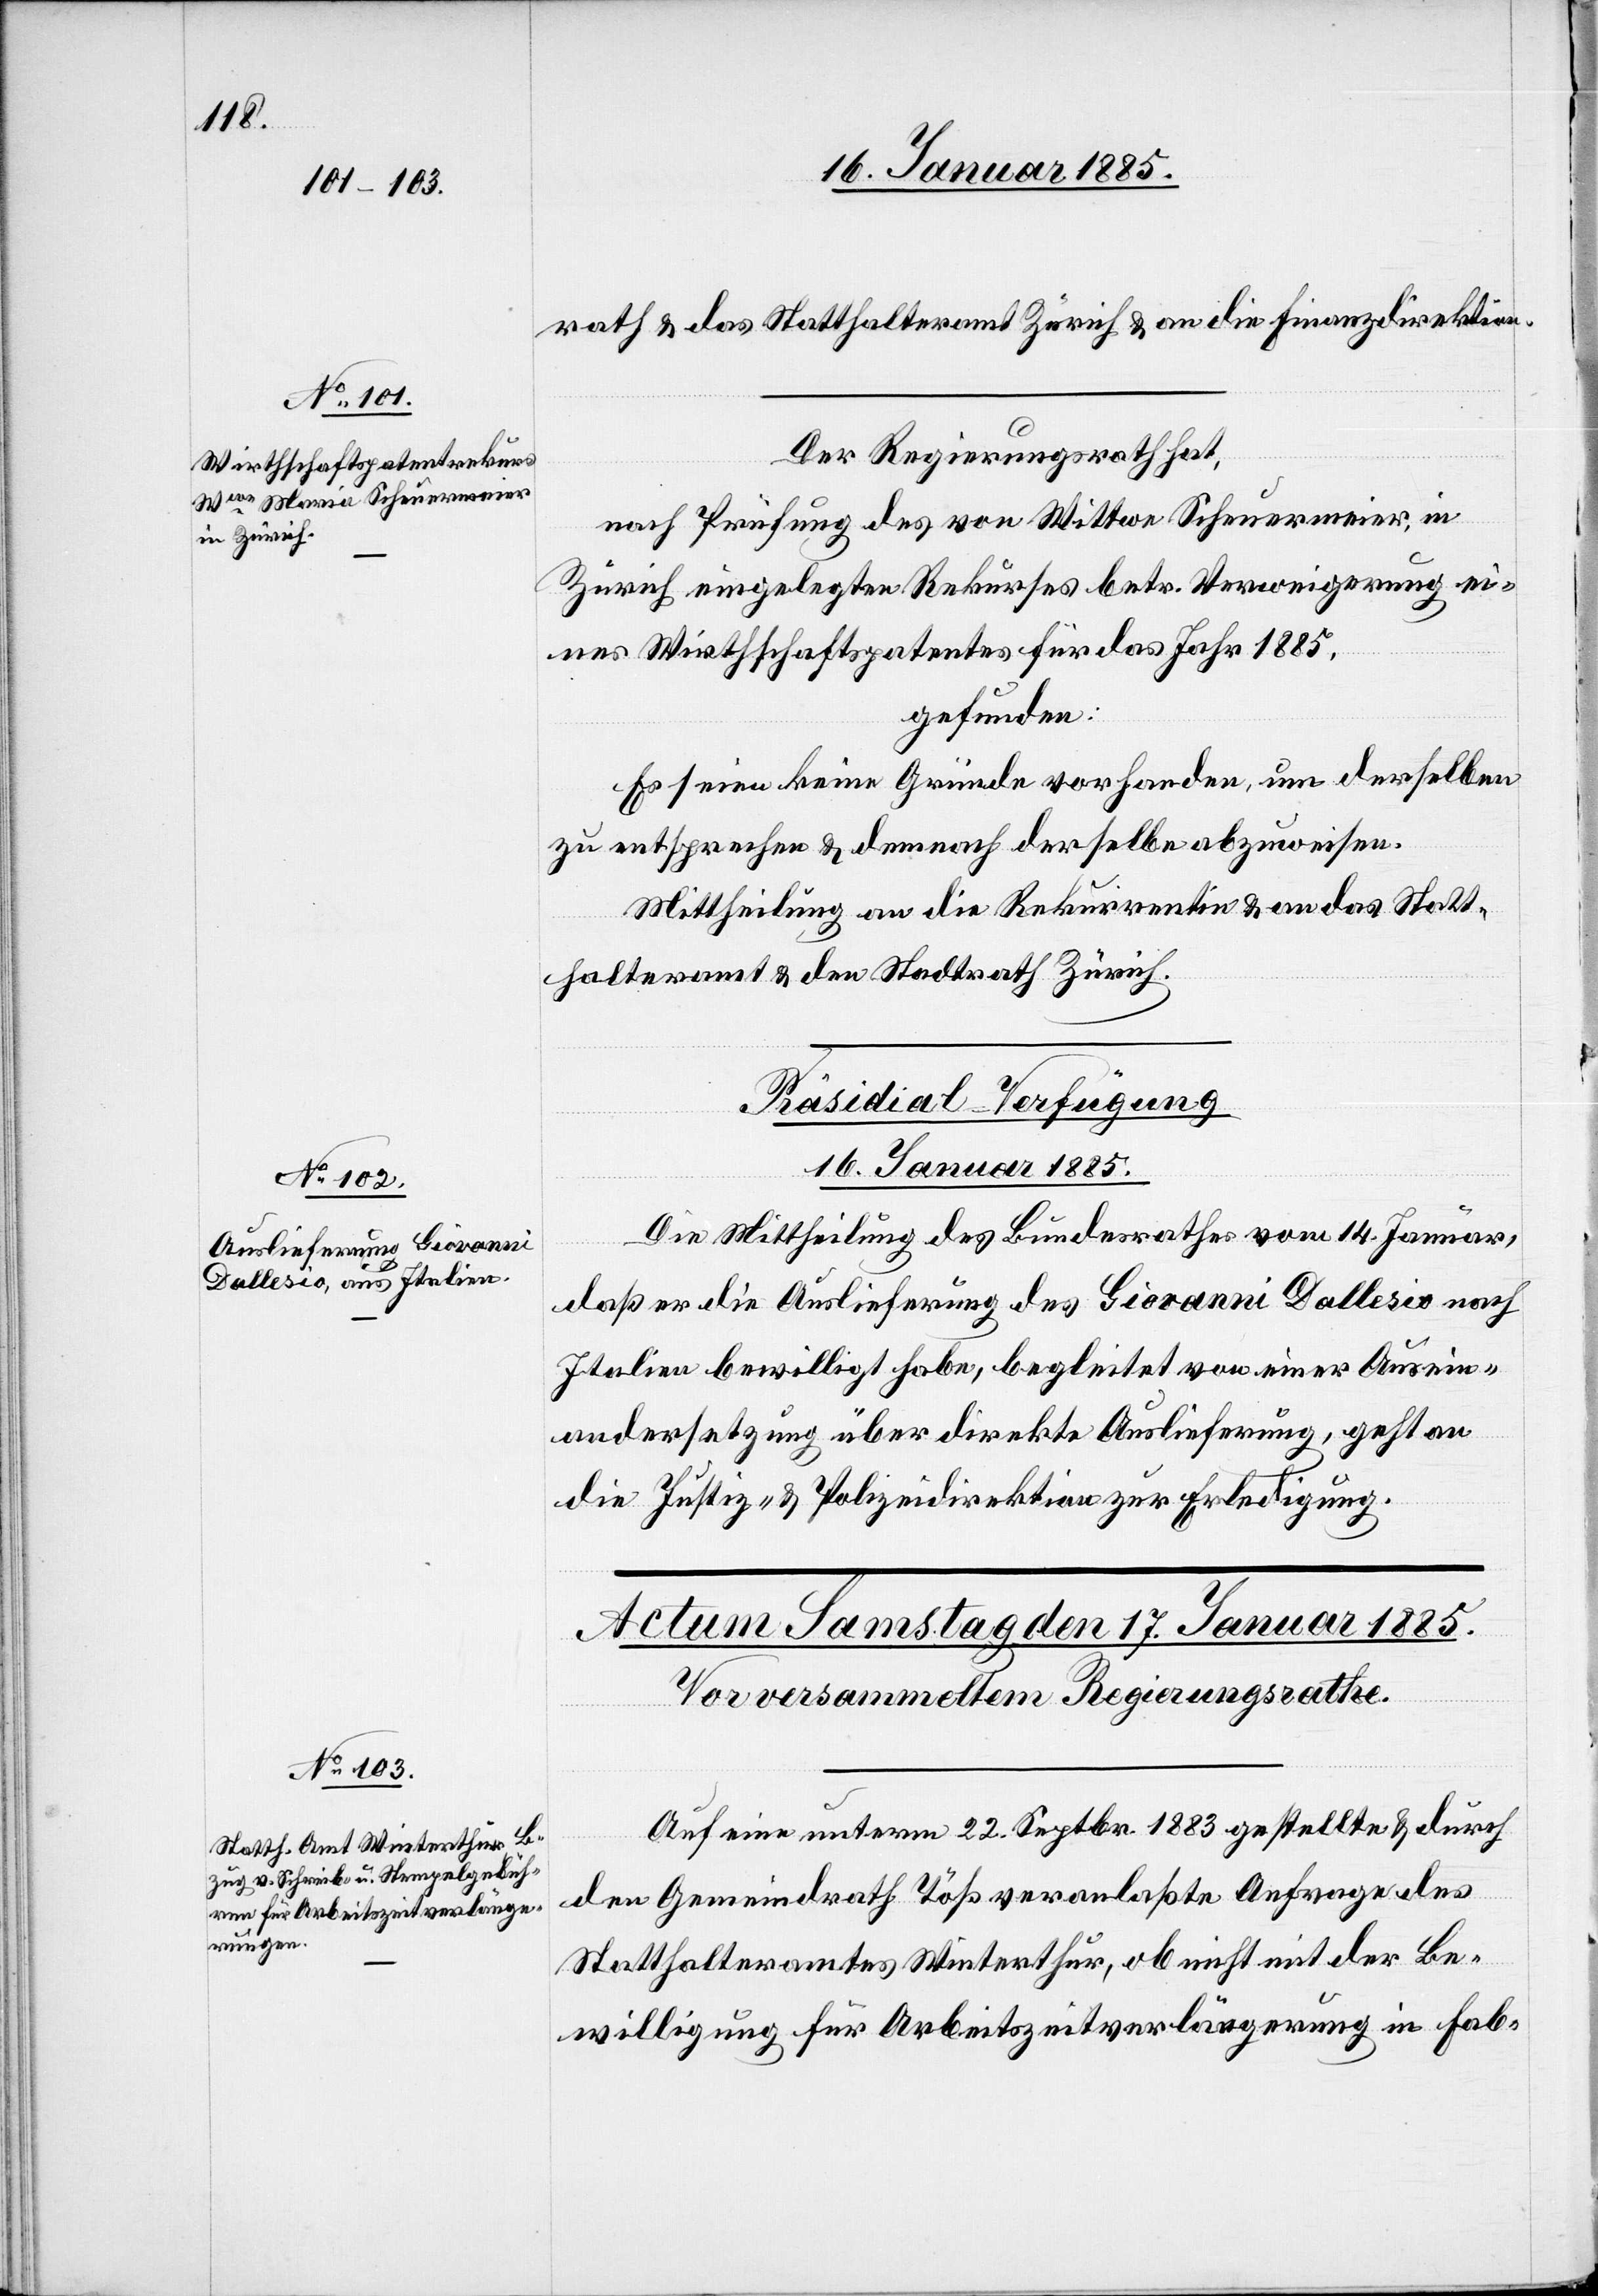
rath & das Statthalteramt Zürich & an die Finanzdirektion.
Der Regierungsrath hat,
nach Prüfung des von Wittwe Scheuermeier, in
Zürich eingelegten Rekurses betr. Verweigerung ei¬
nes Wirthschaftspatentes für das Jahr 1885,
gefunden:
Es seien keine Gründe vorhanden, um derselben
zu entsprechen & demnach derselben abzuweisen.
Mittheilung an die Rekurrentin & an das Statt¬
halteramt & den Stadtrath Zürich.
Präsidial-Verfügung
16. Januar 1885.
Die Mittheilung des Bundesrathes vom 14. Januar,
daß er die Auslieferung des Giovanni Dallesio nach
Italien bewilligt habe, begleitet von einer Ausein¬
andersetzung über direkte Auslieferung, geht an
die Justiz- & Polizeidirektion zur Erledigung.
Auf eine unterm 22. Septbr. 1883 gestellte & durch
den Gemeindrath Töß veranlaßte Anfrage des
Statthalteramtes Winterthur, ob nicht mit der Be¬
willigung für Arbeitszeitverlängerung in Fab-